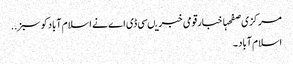
مرکزی صفحہاخبارقومی خبریںسی ڈی اے نے ا سلام آبادکو سبز ..
اسلام آباد ۔